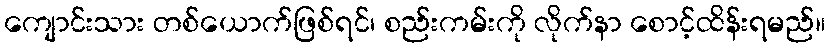
ကျောင်းသား တစ်ယောက်ဖြစ်ရင်၊ စည်းကမ်းကို လိုက်နာ စောင့်ထိန်းရမည်။